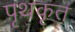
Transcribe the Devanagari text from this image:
पृथकृत